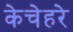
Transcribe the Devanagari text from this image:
केचेहरे